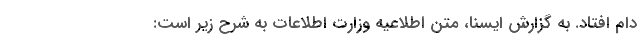
دام افتاد. به گزارش ایسنا، متن اطلاعیه وزارت اطلاعات به شرح زیر است: